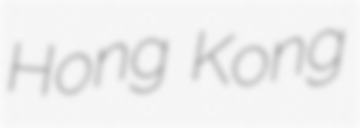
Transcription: Hong Kong